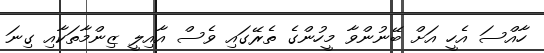
ހާއްސަ އެހީ އަށް ބޭނުންވާ މީހުންގެ ތެރޭގައި ވެސް އާއިލީ ޒިންމާތަކާއި ގިނަ